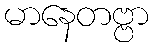
မာနေတဗ္ဗာ